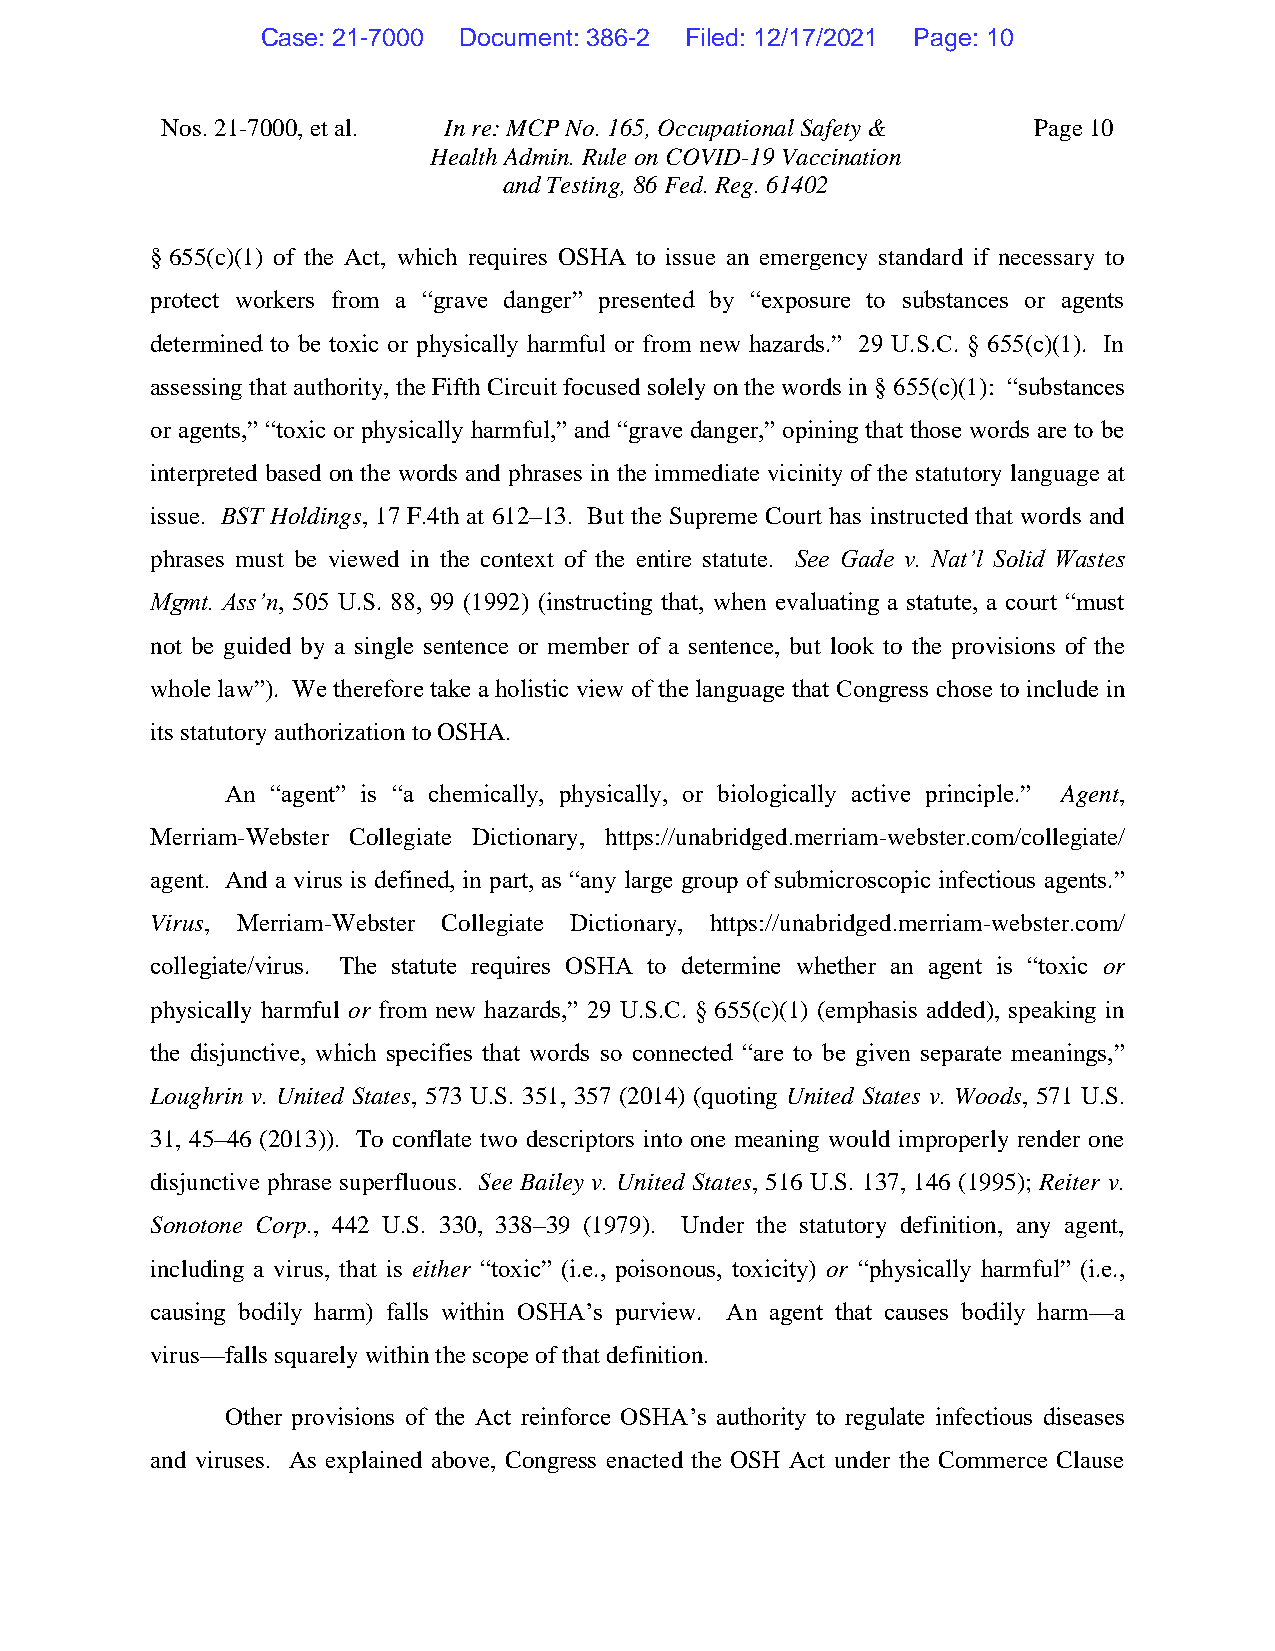
Case: 21-7000 Document: 386-2 Filed: 12/17/2021 Page: 10
 Nos. 21-7000, et al. In re: MCP No. 165, Occupational Safety & Page 10
 Health Admin. Rule on COVID-19 Vaccination
 and Testing, 86 Fed. Reg. 61402
 § 655(c)(1) of the Act, which requires OSHA to issue an emergency standard if necessary to
 protect workers from a “grave danger” presented by “exposure to substances or agents
 determined to be toxic or physically harmful or from new hazards.” 29 U.S.C. § 655(c)(1). In
 assessing that authority, the Fifth Circuit focused solely on the words in § 655(c)(1): “substances
 or agents,” “toxic or physically harmful,” and “grave danger,” opining that those words are to be
 interpreted based on the words and phrases in the immediate vicinity of the statutory language at
 issue. BST Holdings, 17 F.4th at 612–13. But the Supreme Court has instructed that words and
 phrases must be viewed in the context of the entire statute. See Gade v. Nat’l Solid Wastes
 Mgmt. Ass’n, 505 U.S. 88, 99 (1992) (instructing that, when evaluating a statute, a court “must
 not be guided by a single sentence or member of a sentence, but look to the provisions of the
 whole law”). We therefore take a holistic view of the language that Congress chose to include in
 its statutory authorization to OSHA.
 An “agent” is “a chemically, physically, or biologically active principle.” Agent,
 Merriam-Webster Collegiate Dictionary, https://unabridged.merriam-webster.com/collegiate/
 agent. And a virus is defined, in part, as “any large group of submicroscopic infectious agents.”
 Virus, Merriam-Webster Collegiate Dictionary, https://unabridged.merriam-webster.com/
 collegiate/virus. The statute requires OSHA to determine whether an agent is “toxic or
 physically harmful or from new hazards,” 29 U.S.C. § 655(c)(1) (emphasis added), speaking in
 the disjunctive, which specifies that words so connected “are to be given separate meanings,”
 Loughrin v. United States, 573 U.S. 351, 357 (2014) (quoting United States v. Woods, 571 U.S.
 31, 45–46 (2013)). To conflate two descriptors into one meaning would improperly render one
 disjunctive phrase superfluous. See Bailey v. United States, 516 U.S. 137, 146 (1995); Reiter v.
 Sonotone Corp., 442 U.S. 330, 338–39 (1979). Under the statutory definition, any agent,
 including a virus, that is either “toxic” (i.e., poisonous, toxicity) or “physically harmful” (i.e.,
 causing bodily harm) falls within OSHA’s purview. An agent that causes bodily harm—a
 virus—falls squarely within the scope of that definition.
 Other provisions of the Act reinforce OSHA’s authority to regulate infectious diseases
 and viruses. As explained above, Congress enacted the OSH Act under the Commerce Clause